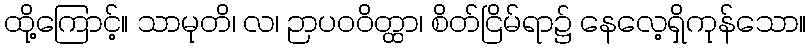
ထို့ကြောင့်။ သာမုတိ၊ လ၊ ဉာပဝဝိတ္ထာ၊ စိတ်ငြိမ်ရာ၌ နေလေ့ရှိကုန်သော။